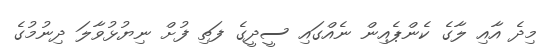
މިދެ އާއި ލާގެ ކެންޕެއިން ނެއްގައި ސީދީގެ ފަތި ފުށް ނިޔުޅުވާލަ ދިނުމުގެ